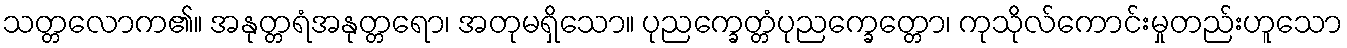
သတ္တလောက၏။ အနုတ္တရံအနုတ္တရော၊ အတုမရှိသော။ ပုညက္ခေတ္တံပုညက္ခေတ္တော၊ ကုသိုလ်ကောင်းမှုတည်းဟူသော